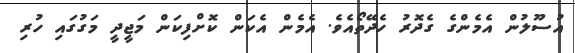
އުސޫލުން އެމެންގެ ގެދޮރު ހެދޭތޯއެވެ. އެމެން އެކަން ކޮށްފިކަން މަޖީދީ މަގުގައި ހުރި